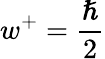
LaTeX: w^{+}=\frac{\hslash}{2}